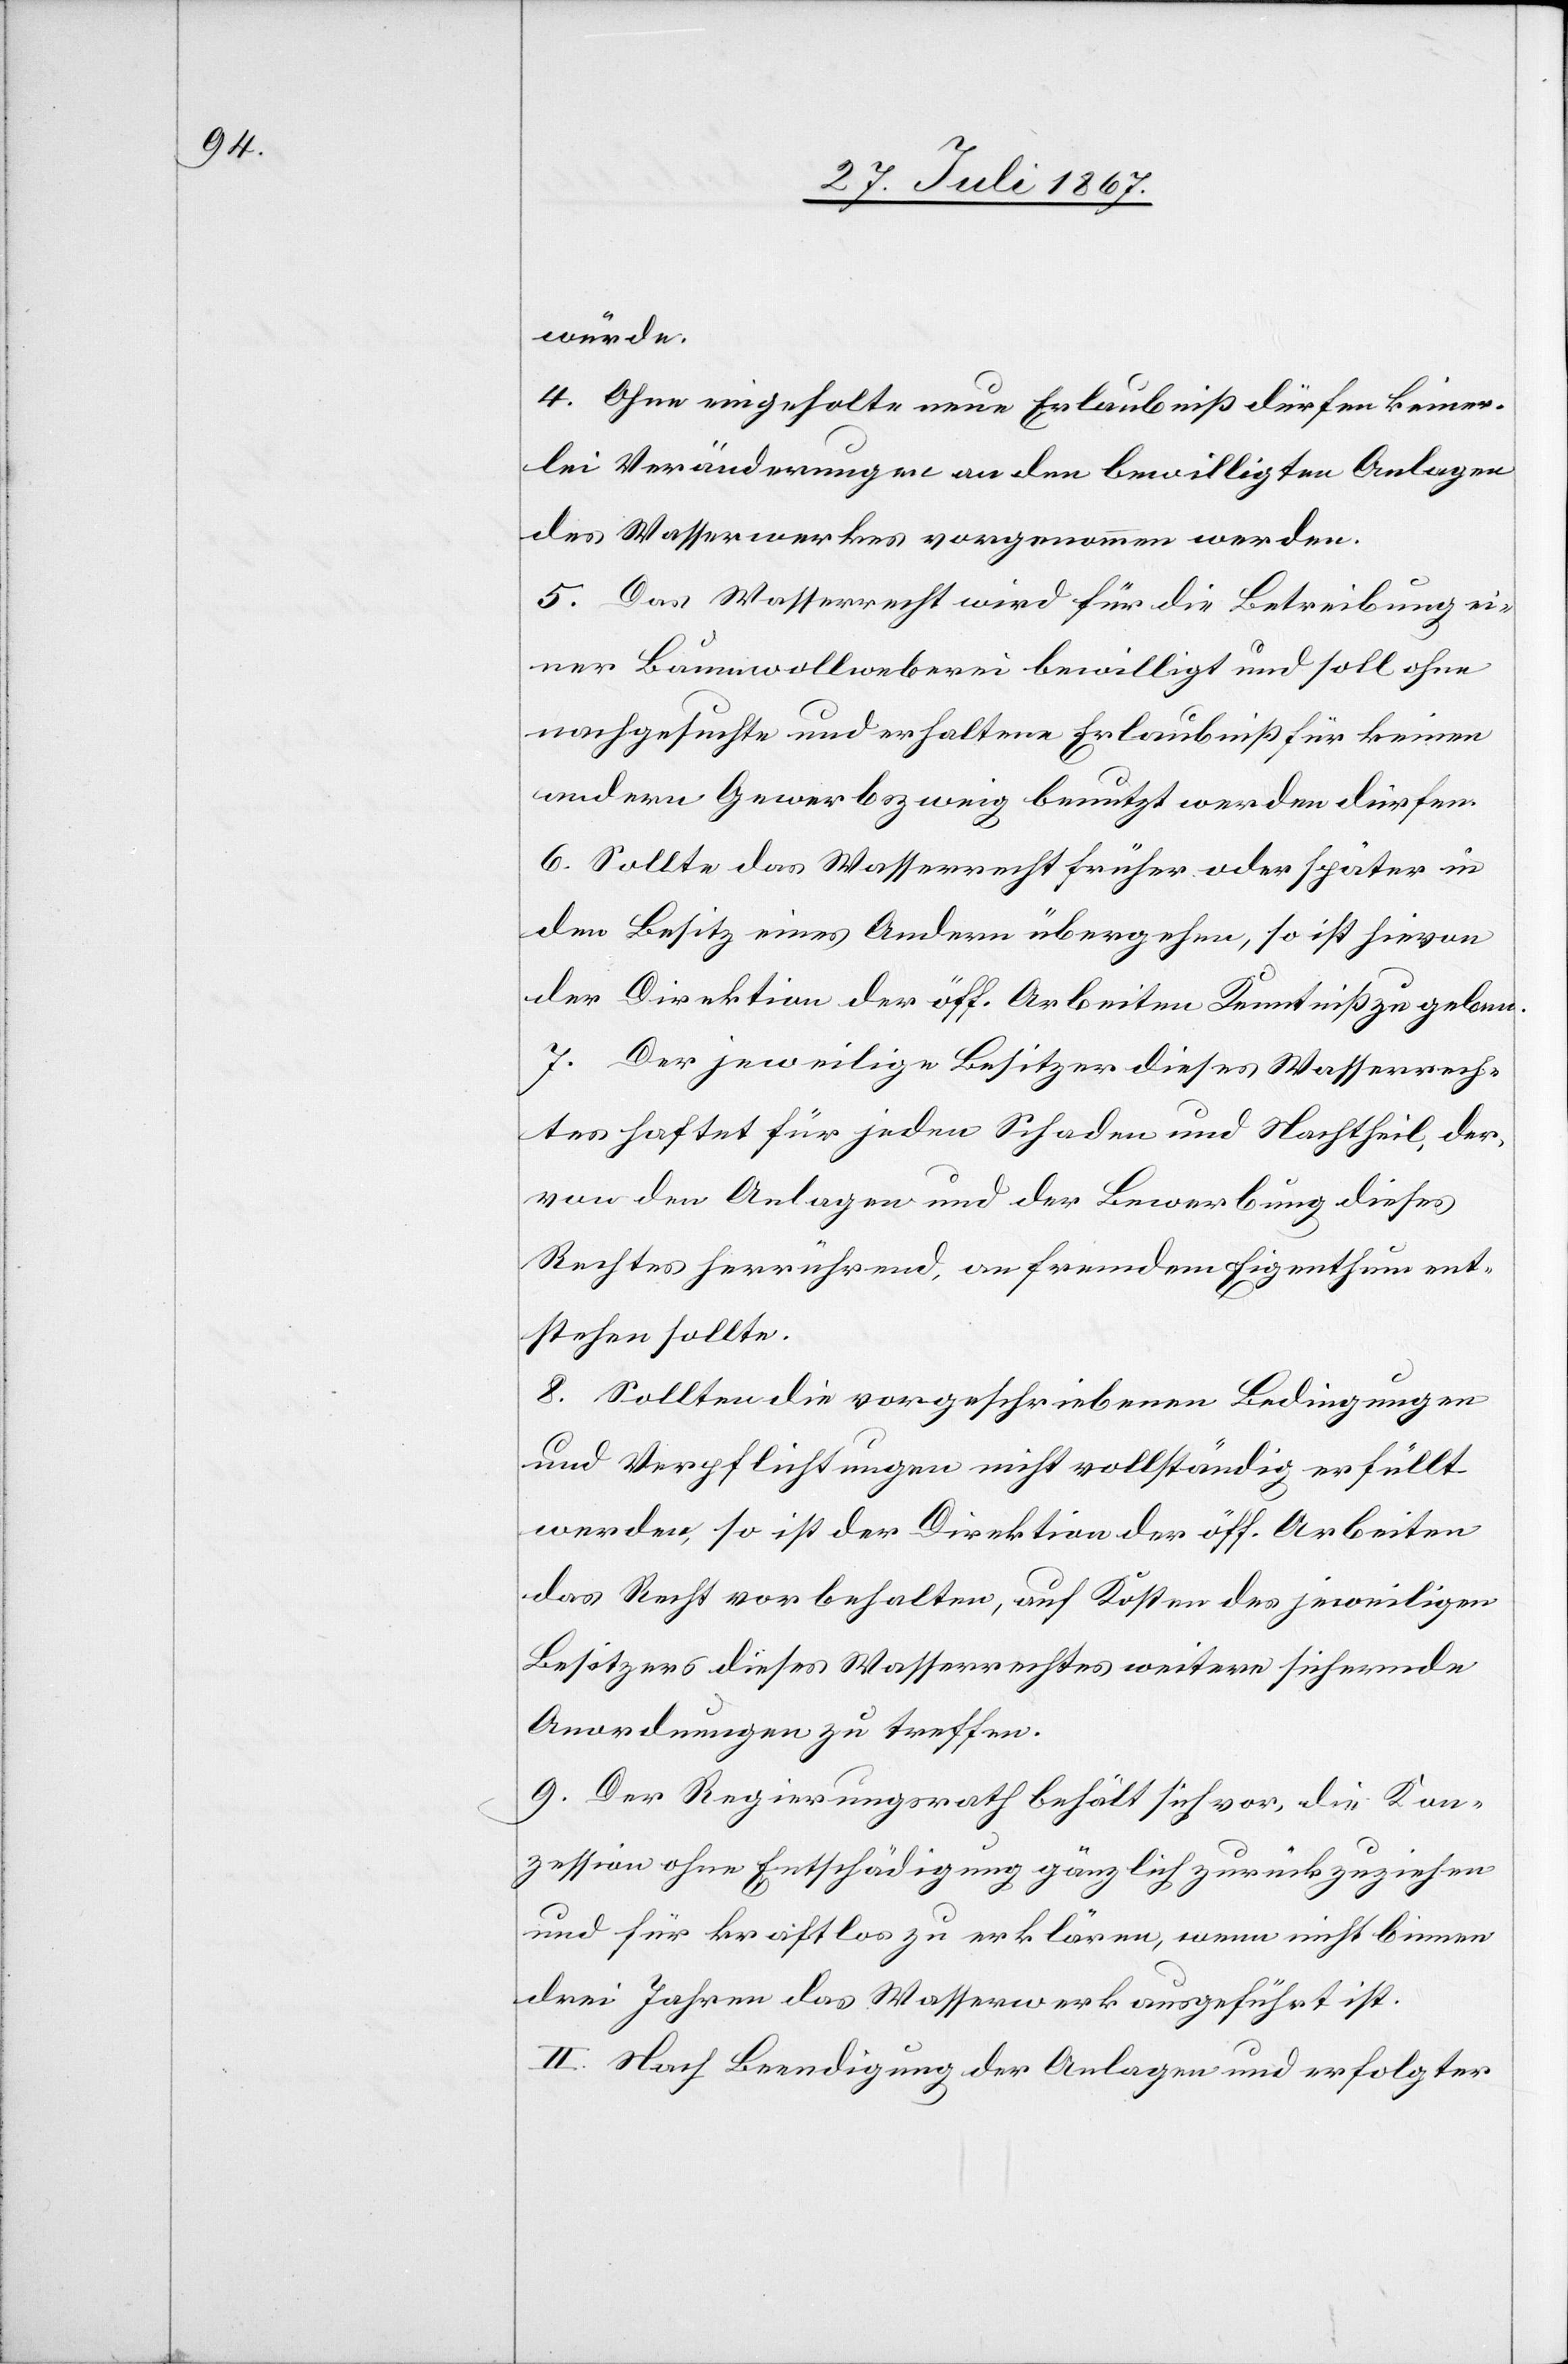
würde.
4. Ohne eingeholte neue Erlaubniß dürfen keiner¬
lei Veränderungen an den bewilligten Anlagen
des Wasserwerkes vorgenommen werden.
5. Das Wasserrecht wird für die Betreibung ei¬
ner Baumwollweberei bewilligt und soll ohne
nachgesuchte und erhaltene Erlaubniß für keinen
andern Gewerbszweig benutzt werden dürfen.
6. Sollte das Wasserrecht früher oder später in
den Besitz eines Andern übergehen, so ist hievon
der Direktion der öff. Arbeiten Kenntniß zu geben.
7. Der jeweilige Besitzer dieses Wasserrech¬
tes haftet für jeden Schaden und Nachtheil der,
von den Anlagen und der Bewerbung dieses
Rechtes herrührend, an fremdem Eigenthum ent¬
stehen sollte.
8. Sollten die vorgeschriebenen Bedingungen
und Verpflichtungen nicht vollständig erfüllt
werden, so ist der Direktion der öff. Arbeiten
das Recht vorbehalten, auf Kosten des jeweiligen
Besitzers dieses Wasserrechtes weitere sichernde
Anordnungen zu treffen.
9. Der Regierungsrath behält sich vor, die Kon¬
zession ohne Entschädigung gänzlich zurückzuziehen
und für kraftlos zu erklären, wenn nicht binnen
drei Jahren das Wasserwerk ausgeführt ist.
II. Nach Beendigung der Anlagen und erfolgter